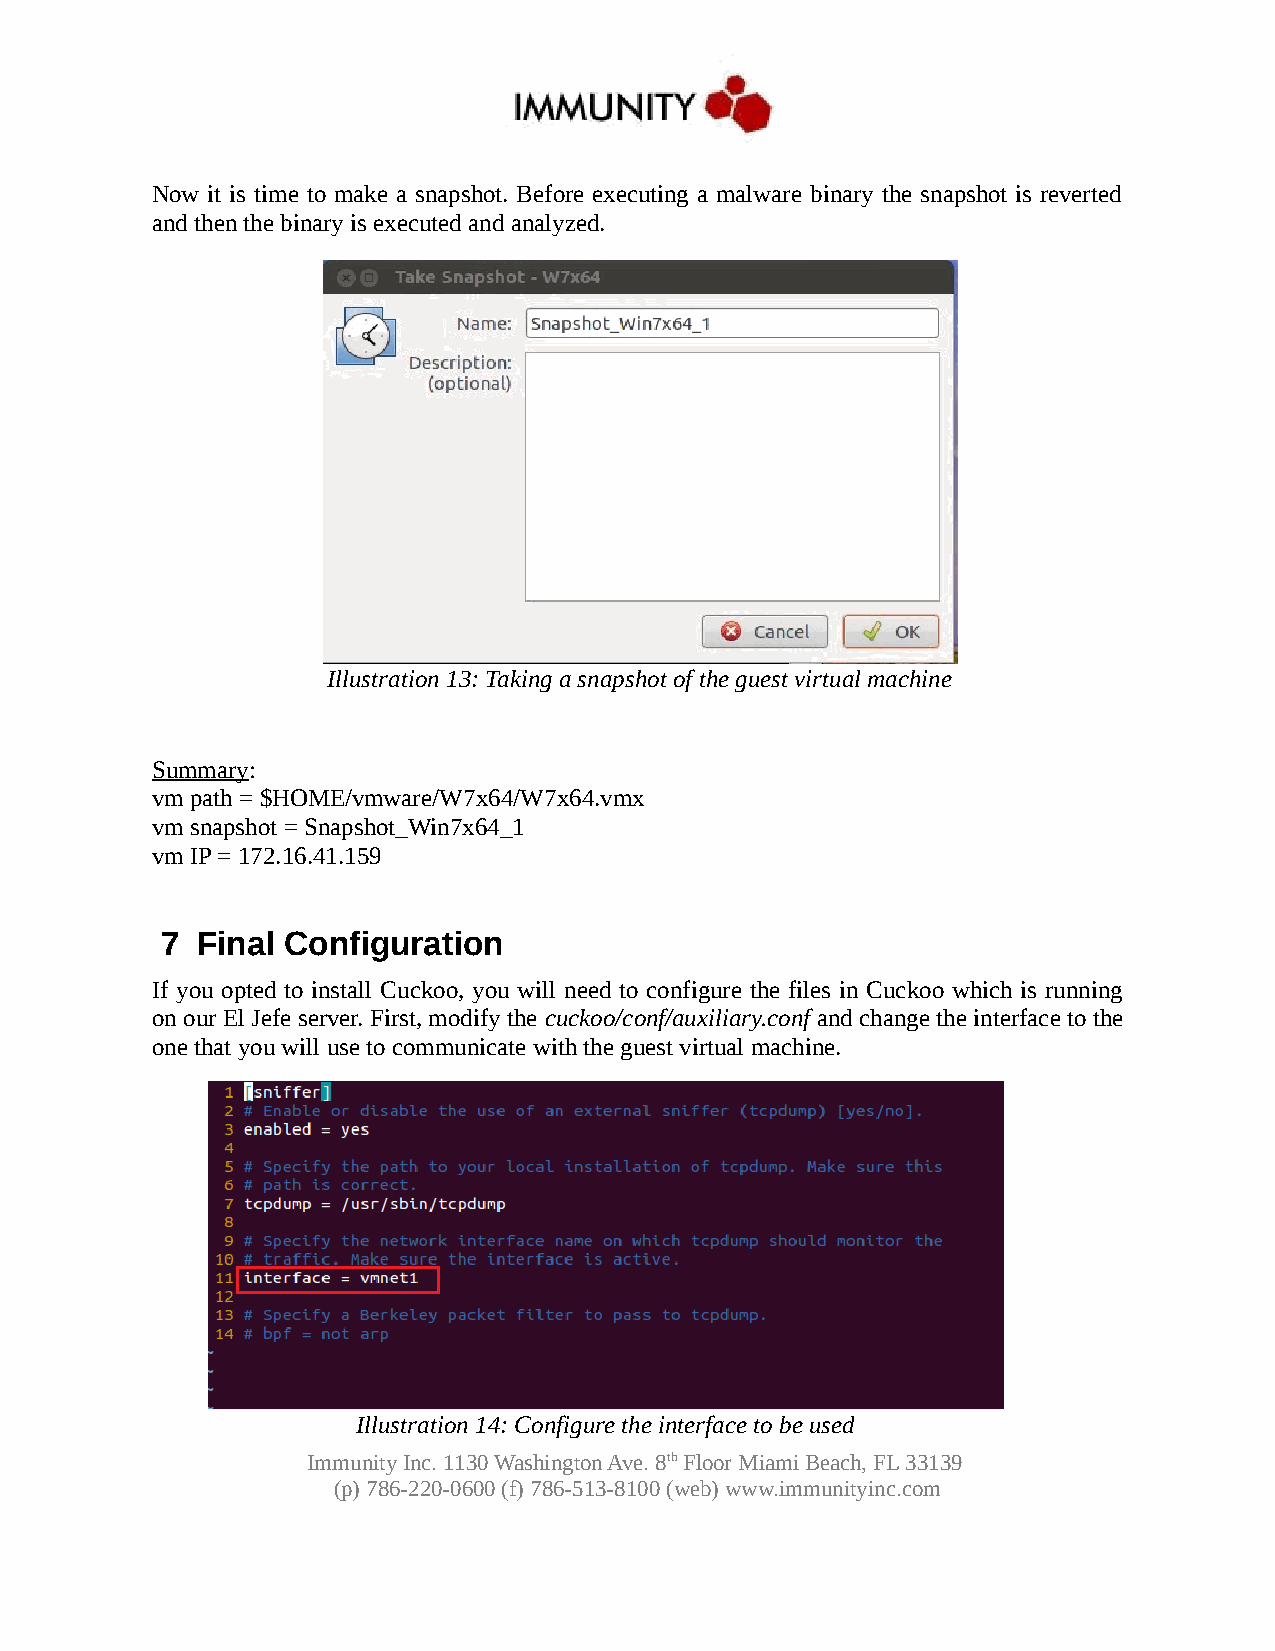
Now it is time to make a snapshot. Before executing a malware binary the snapshot is reverted
 and then the binary is executed and analyzed.
 Illustration 13: Taking a snapshot of the guest virtual machine
 Summary:
 vm path = $HOME/vmware/W7x64/W7x64.vmx
 vm snapshot = Snapshot_Win7x64_1
 vm IP = 172.16.41.159
 7 Final Configuration
 If you opted to install Cuckoo, you will need to configure the files in Cuckoo which is running
 on our El Jefe server. First, modify the cuckoo/conf/auxiliary.conf and change the interface to the
 one that you will use to communicate with the guest virtual machine.
 Illustration 14: Configure the interface to be used
 Immunity Inc. 1130 Washington Ave. 8th Floor Miami Beach, FL 33139
 (p) 786-220-0600 (f) 786-513-8100 (web) www.immunityinc.com